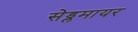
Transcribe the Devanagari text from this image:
सेड्लमायर